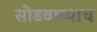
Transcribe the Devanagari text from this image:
सोडवाव्याच